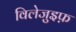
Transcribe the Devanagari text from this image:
विलेजुइफ़